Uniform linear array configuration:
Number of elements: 16
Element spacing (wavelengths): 1
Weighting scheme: hamming
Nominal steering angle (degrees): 30
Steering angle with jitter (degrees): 30.471
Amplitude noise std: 0.05
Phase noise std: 0.05

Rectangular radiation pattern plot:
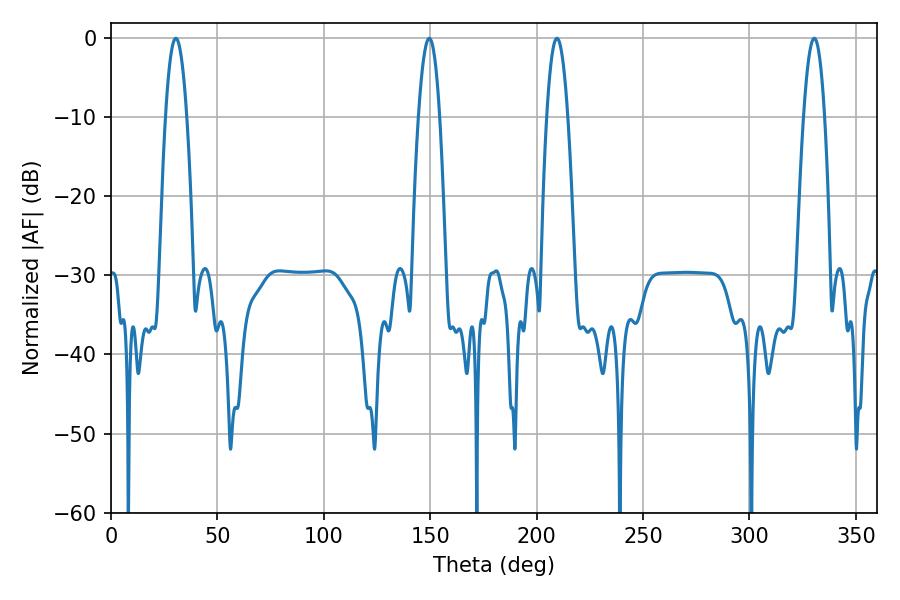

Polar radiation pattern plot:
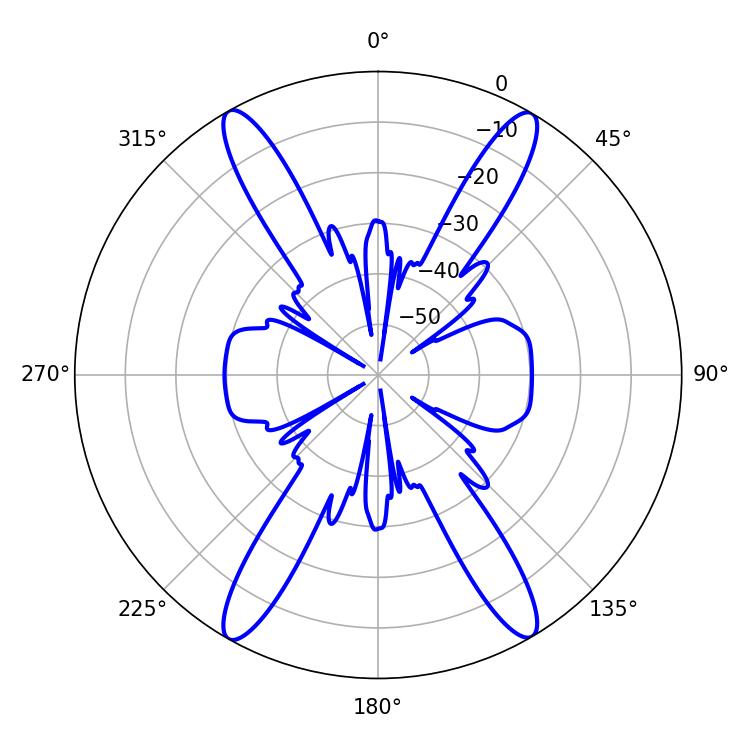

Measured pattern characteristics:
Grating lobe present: TRUE
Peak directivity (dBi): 27.037
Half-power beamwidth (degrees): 5.4
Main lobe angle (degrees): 209.52